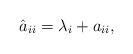
LaTeX: \begin{align*}\hat{a}_{ii}=\lambda_i+a_{ii}, \end{align*}